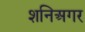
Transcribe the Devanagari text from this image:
शनिअगर